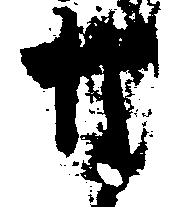
な